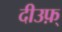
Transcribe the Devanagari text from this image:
दीउफ़्